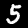
Label: 5